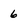
Character: 6